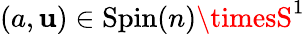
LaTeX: (a,\mathbf{u})\in\mathrm{{Spin}}(n)\timesS^{1}